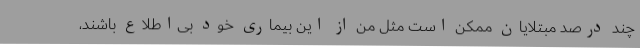
چند درصد مبتلایان ممکن است مثل من از این بیماری خود بی‌اطلاع باشند،